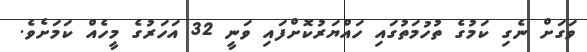
ވަގަށް ނެގި ކަމުގެ ތުހުމަތުގައި ހައްޔަރުކޮށްފައި ވަނީ 32 އަހަރުގެ މީހެއް ކަމަށެވެ.